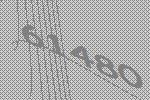
61480